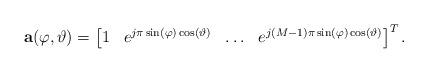
LaTeX: \begin{align*} \textbf{a}(\varphi,\vartheta) =\begin{bmatrix} 1& e^{j\pi \sin(\varphi)\cos(\vartheta)}& \ldots& e^{j(M-1)\pi\sin(\varphi)\cos(\vartheta)} \end{bmatrix} ^T. \end{align*}